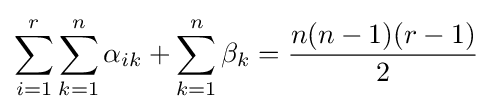
\sum _{i=1}^{r}\sum _{k=1}^{n}\alpha _{ik}+\sum _{k=1}^{n}\beta _{k}={\frac {n(n-1)(r-1)}{2}}